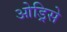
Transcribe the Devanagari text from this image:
ओड्रिसे